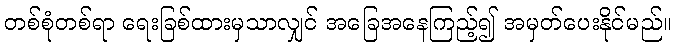
တစ်စုံတစ်ရာ ရေးခြစ်ထားမှသာလျှင် အခြေအနေကြည့်၍ အမှတ်ပေးနိုင်မည်။